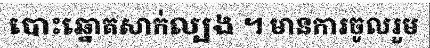
បោះឆ្នោតសាក់ល្បង ។ មានការចូលរួម